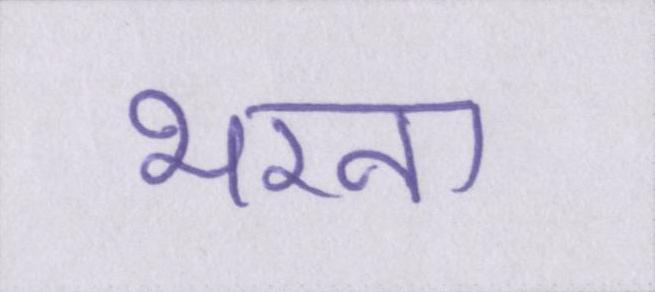
भरना